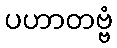
ပဟာတဗ္ဗံ